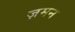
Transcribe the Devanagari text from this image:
ज़मन